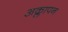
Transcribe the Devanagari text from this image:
अक्लापन